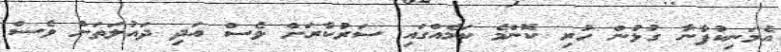
އެމަނިކުފާނާ ގުޅުން ހުރި ކޮންމެ ކަމެއްގައި ސަރުކާރަށް ވެސް އަދި ދައުލަތަށް ވެސް